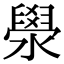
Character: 澩